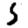
Digit: 5